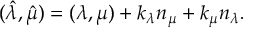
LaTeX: ( \hat { \lambda } , \hat { \mu } ) = ( \lambda , \mu ) + k _ { \lambda } n _ { \mu } + k _ { \mu } n _ { \lambda } .